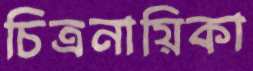
চিত্রনায়িকা